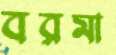
বরমা